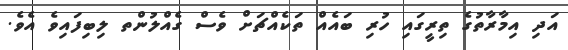
އަދި އިމާރާތުގެ ތިރީގައި ހުރި ބައެއް ތަކެއްޗަށް ވެސް ގެއްލުންތ ލިބިފައިވެ އެވެ.